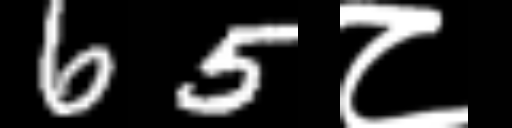
Text: 65८